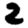
Digit: 2